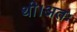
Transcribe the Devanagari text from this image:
थी।अतः